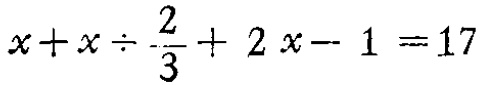
\(x+x\div\frac{2}{3}+2x - 1 = 17\)